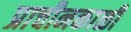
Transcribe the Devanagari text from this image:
प्राचीनकाळीं